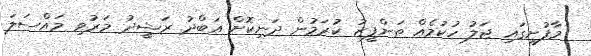
މާފުށީގައި ޖަލު ހުކުމެއް ތަންފީޒު ކުރަމުން ދަނިކޮށް އަބްދު ރަޝީދު މަރުވި މައްސަލަ